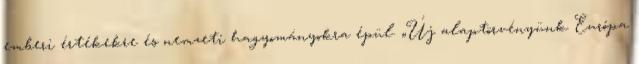
emberi értékekre és nemzeti hagyományokra épül. „Új alaptörvényünk Európa